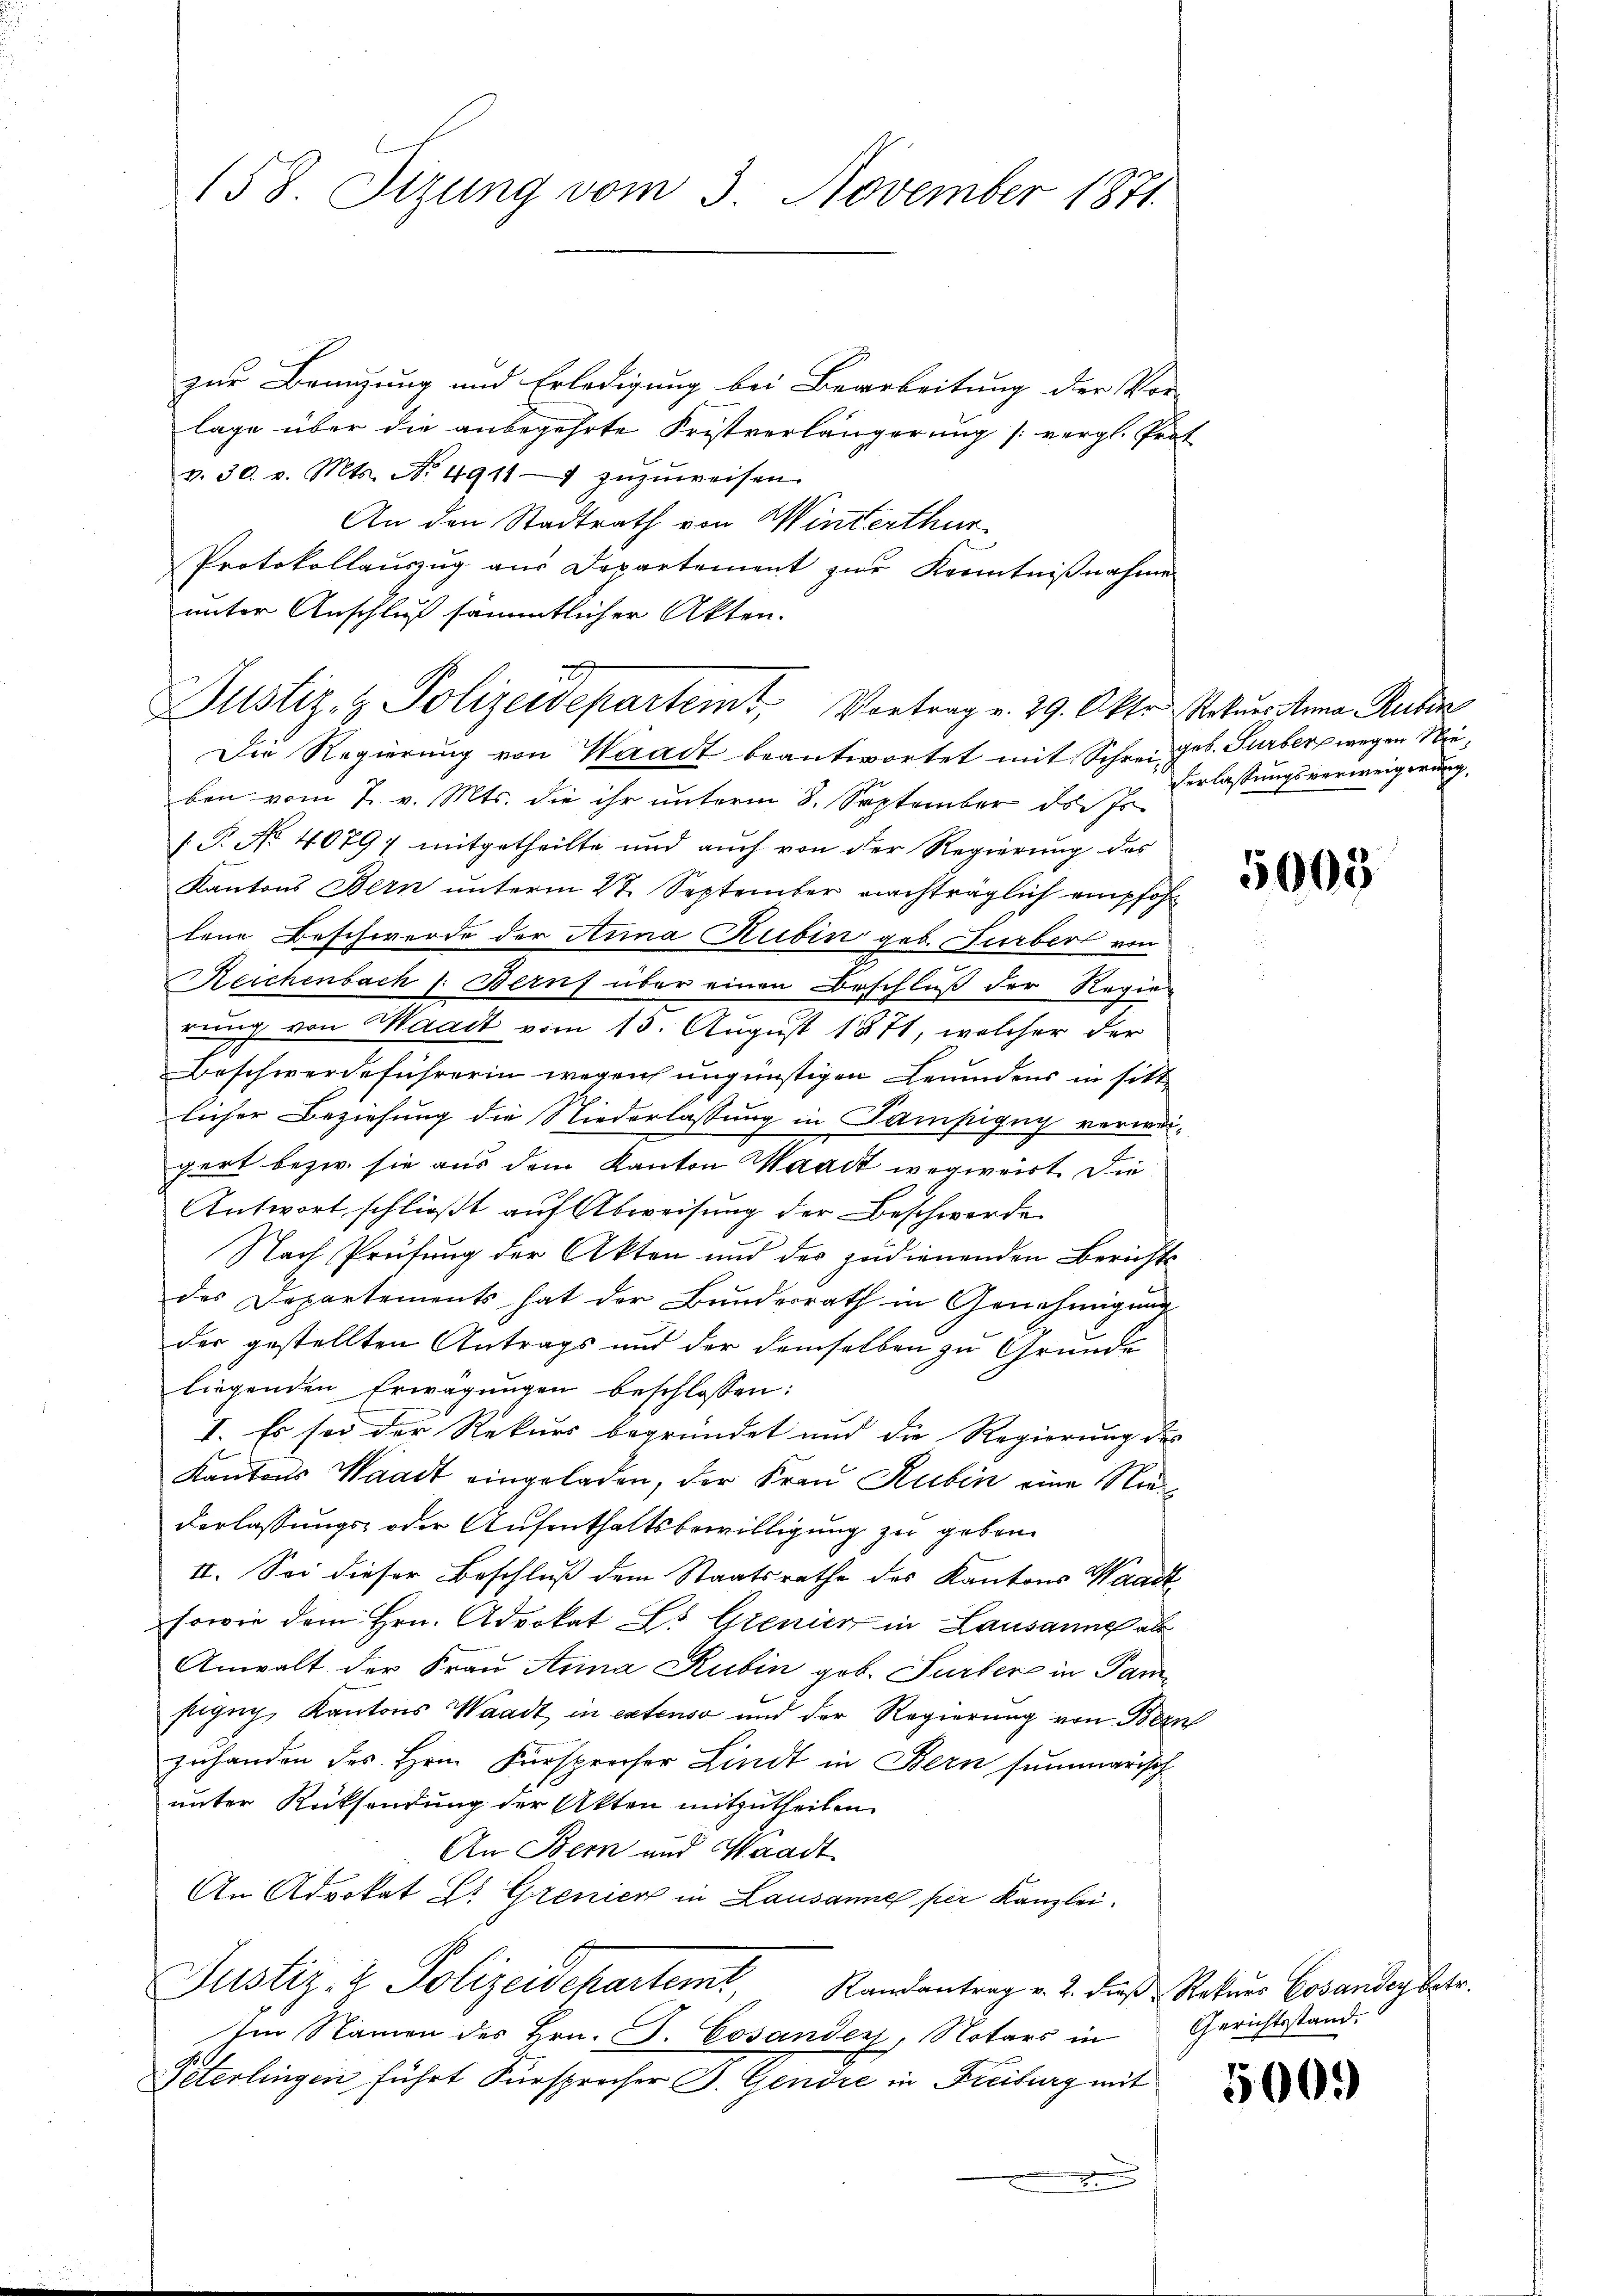
zur Benzung und Erledigung bei Bearbeitung der Vor-
lage über die anbegehrte Fristverlängerung (vergl. Prot
v. 30. v. Mts. No. 4911 zŭzŭweisen.
An den Stadtrath von Winterthur
Protokollaŭszŭg aŭs Departement zŭr Kenntniβnahme
unter Anschluß sämmtlicher Akten.

158. Sizung vom 3. November 1871.

2
Justiz- & Polizeidepartem Vortrag v. 29. Okto Rokŭr Anna Ruben

Die Regierung von Waadt beantwortet mit Schreib. Surbers wegen Nieben vom 7. v. Mts. die ihr unterm 8. September ds. Js.
[ P. No 40797 mitgetheilte und auch von der Regierung des
Kantons Bern unterm 27. September nachträglich empfohlene Beschwerde der Anna Rubin geb. Fürbert von
Reichenbach s. Beruf über einen Beschluß der Regierung von Waadt vom 15. August 1871, welcher der
Beschwerdeführerin wegen ungünstigen Feuidens in sittlicher Beziehung die Niederlassung in Sampigny verwargert bezw. sie aus dem Kanton Waadt wegweist. Die
Antwort schließt auf Abweisung der Beschwerde
Nach Prüfung der Akten und des zudienenden Berichts
des Departements hat der Bunderrath in Genehmigung
der gestellten Antrags und der demselben zu Grunde
liegenden Erwägungen beschlossen:
I. Es sei der Rekurs begründet und die Regierung des
Kantons Waadt eingeladen, der Frau Rubin eine Niederlassungs- oder Aufenthaltsbewilligung zu geben.
II. Sei dieser Beschluß dem Staatsrathe des Kantons Waadt
sowie dem Hrn. Advokat L. Grenier in Lausanne als
Anwalt der Frau Anna Rubin geb. Surber in Par
figny, Kantons Waadt in extenso und der Regierung von Bern
zuhanden des Hrn. Fürsprecher Lindt in Bern summarisch
unter Rücksendung der Akten mitzutheilen.
An Bern und Waadt
An Advokat Dr. Grenier in Lausanne per Kanzlei.
Justiz- & Polizeidchartemt, Randantrag v. 2. dieß Rekŭrs Cosardey betr.
Im Namen des Hrn. G. Cosanden, Notars in
Peterlingen führt Fürsprecher J. Gendre in Freiburg mit
2

Verlassungsverweigerung,

5003

Gerichtsstand.

5000